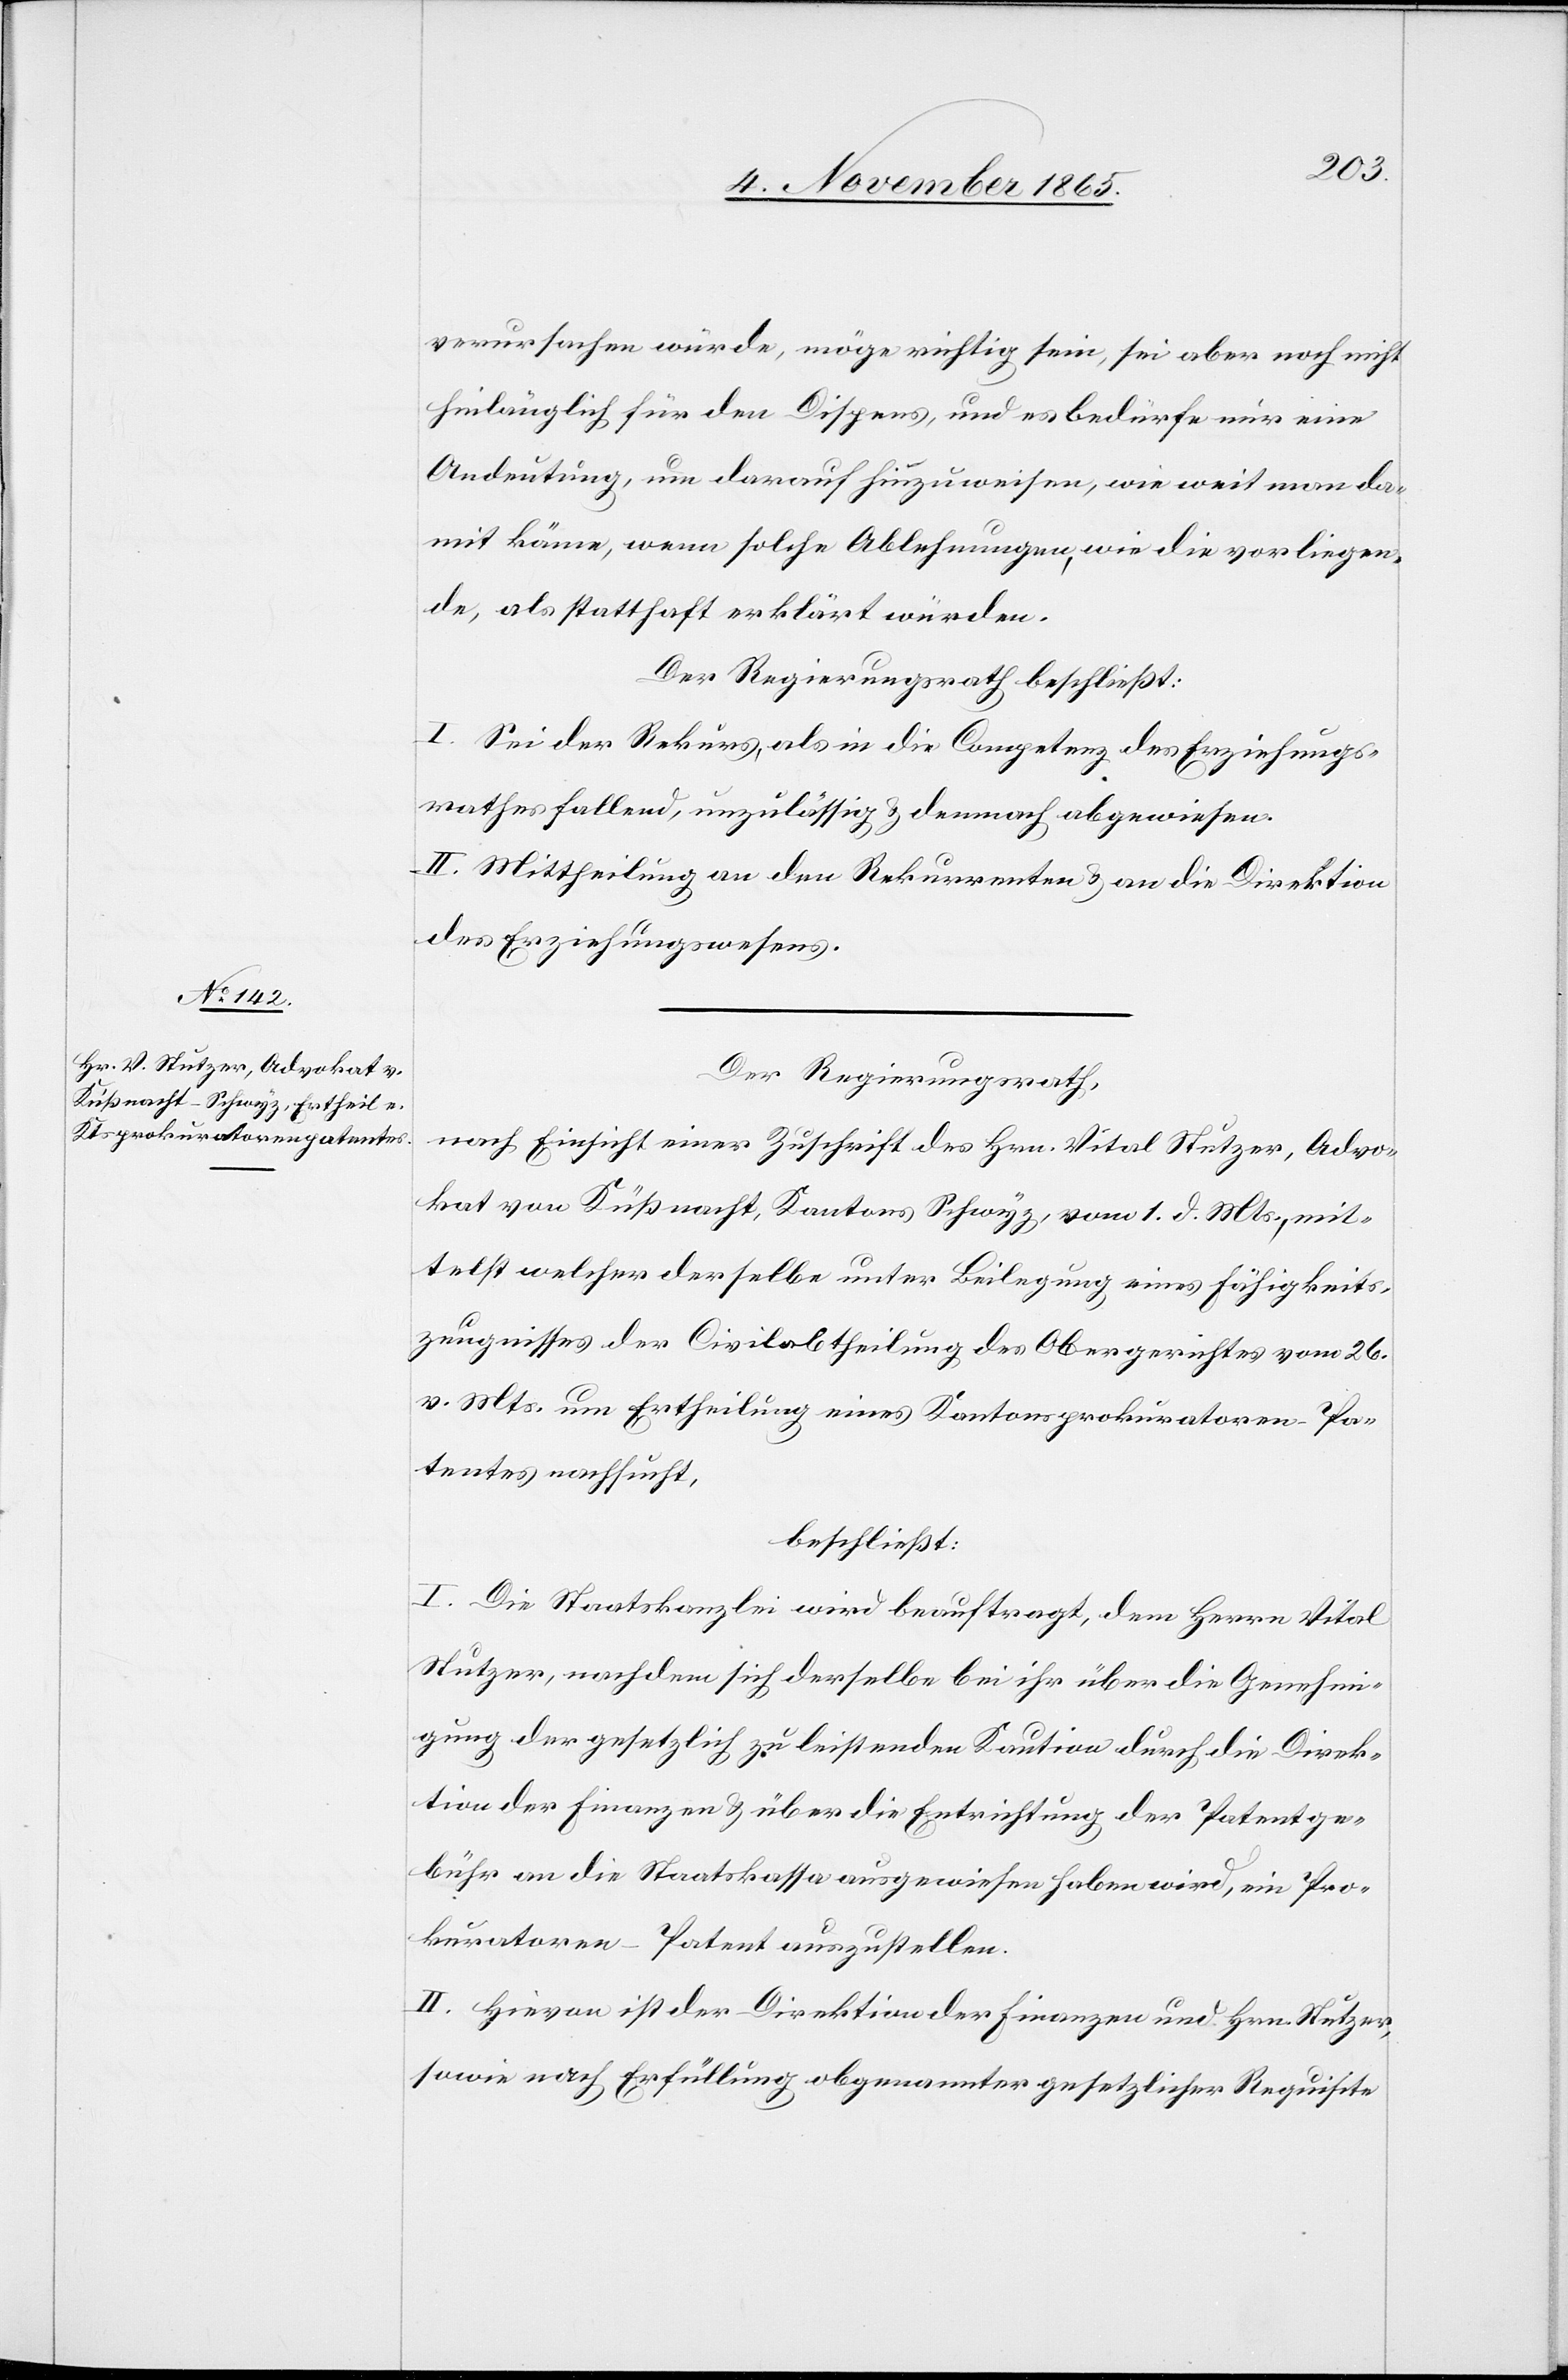
verursachen würde, möge richtig sein, sei aber noch nicht
hinlänglich für den Dispens, und es bedürfe nur eine
Andeutung, um darauf hinzuweisen, wie weit man da¬
mit käme, wenn solche Ablehnungen, wie die vorliegen¬
de, als statthaft erklärt würden.
Der Regierungsrath beschließt:
I. Sei der Rekurs, als in die Competenz des Erziehungs¬
rathes fallend, unzulässig & demnach abgewiesen.
II. Mittheilung an den Rekurrenten & an die Direktion
des Erziehungswesens.
Der Regierungsrath,
nach Einsicht einer Zuschrift des Hrn. Vital Stutzer, Advo¬
kat von Küßnacht, Kantons Schwyz, vom 1. d. Mts., mit¬
telst welcher derselbe unter Beilegung eines Fähigkeits¬
zeugnisses der Civilabtheilung des Obergerichtes vom 26.
v. Mts. um Ertheilung eines Kantonsprokuratoren-Pa¬
tentes nachsucht,
beschließt:
I. Die Staatskanzlei wird beauftragt, dem Herrn Vital
Stutzer, nachdem sich derselbe bei ihr über die Genehmi¬
gung der gesetzlich zu leistenden Kaution durch die Direk¬
tion der Finanzen & über die Entrichtung der Patentge¬
bühr an die Staatskasse ausgewiesen haben wird, ein Pro¬
kuratoren-Patent auszustellen.
II. Hievon ist der Direktion der Finanzen und Hrn. Stutzer,
sowie nach Erfüllung obgenannter gesetzlicher Requisite